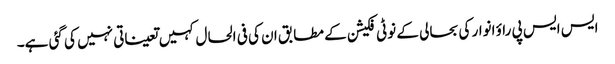
ایس ایس پی راؤ انوار کی بحالی کے نوٹی فکیشن کے مطابق ان کی فی الحال کہیں تعیناتی نہیں کی گئی ہے۔